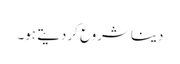
دینا شروع کر دیتے ہو۔